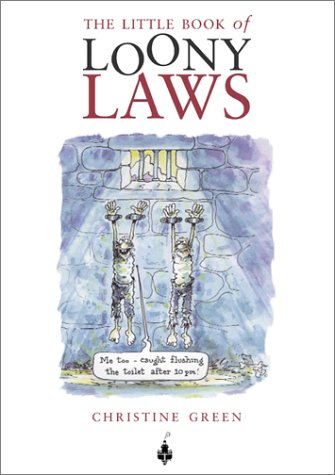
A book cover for The Little Book of Loony Laws; Christine Green; Law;